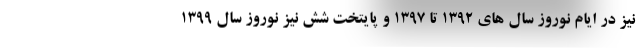
نیز در ایام نوروز سال های ۱۳۹۲ تا ۱۳۹۷ و پایتخت شش نیز نوروز سال ۱۳۹۹